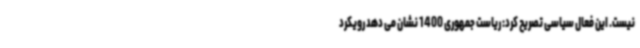
نیست. این فعال سیاسی تصریح کرد: ریاست جمهوری 1400 نشان می دهد رویکرد